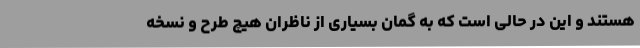
هستند و این در حالی است که به گمان بسیاری از ناظران هیچ طرح و نسخه